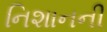
નિશાનની